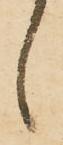
候